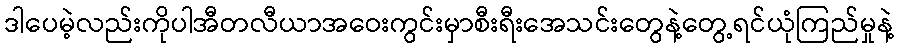
ဒါပေမဲ့လည်းကိုပါအီတလီယာအဝေးကွင်းမှာစီးရီးအေသင်းတွေနဲ့တွေ့ရင်ယုံကြည်မှုနဲ့